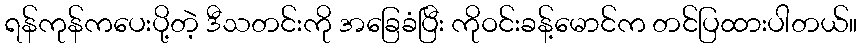
ရန်ကုန်ကပေးပို့တဲ့ ဒီသတင်းကို အခြေခံပြီး ကိုဝင်းခန့်မောင်က တင်ပြထားပါတယ်။